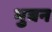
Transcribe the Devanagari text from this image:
भुबन